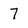
Character: 7